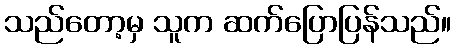
သည်တော့မှ သူက ဆက်ပြောပြန်သည်။